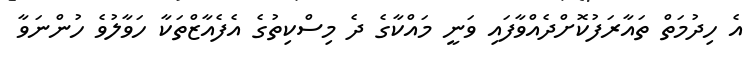
އެ ހިދުމަތް ތައާރަފުކޮށްދެއްވާފައި ވަނީ މައްކާގެ ދެ މިސްކިތުގެ އެފެއާޒްތަކާ ހަވާލުވެ ހުންނަވާ